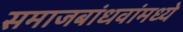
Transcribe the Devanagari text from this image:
समाजबांधवांमध्ये